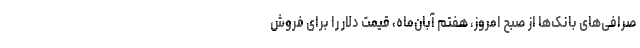
صرافی‌های بانک‌ها از صبح امروز، هفتم آبان‌ماه، قیمت دلار را برای فروش